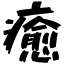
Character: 癒